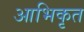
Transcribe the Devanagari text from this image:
आभिकृत